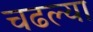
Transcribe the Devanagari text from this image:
चढल्या